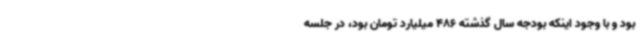
بود و با وجود اینکه بودجه سال گذشته 486 میلیارد تومان بود، در جلسه